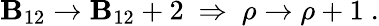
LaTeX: \mathbf{B}_{12}\to\mathbf{B}_{12}+2\ \Rightarrow\ \rho\to\rho+1\ .